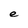
Character: e